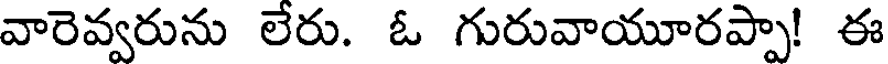
వారెవ్వరును లేరు. ఓ గురువాయూరప్పా! ఈ